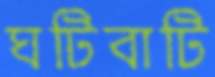
ঘটিবাটি